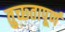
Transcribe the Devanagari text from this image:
तुच्छ्तापूर्ण